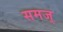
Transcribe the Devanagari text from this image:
समज्